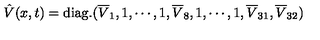
\hat { V } ( x , t ) = \mathrm { d i a g . } ( \overline { { V } } _ { 1 } , 1 , \cdots , 1 , \overline { { V } } _ { 8 } , 1 , \cdots , 1 , \overline { { V } } _ { 3 1 } , \overline { { V } } _ { 3 2 } )